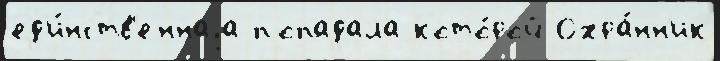
ед'и́нств'еннаjа попадала кото́рой Охра́нн'ик